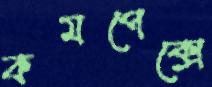
কমপেক্সে